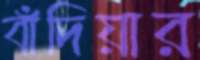
বাঁদিয়ার